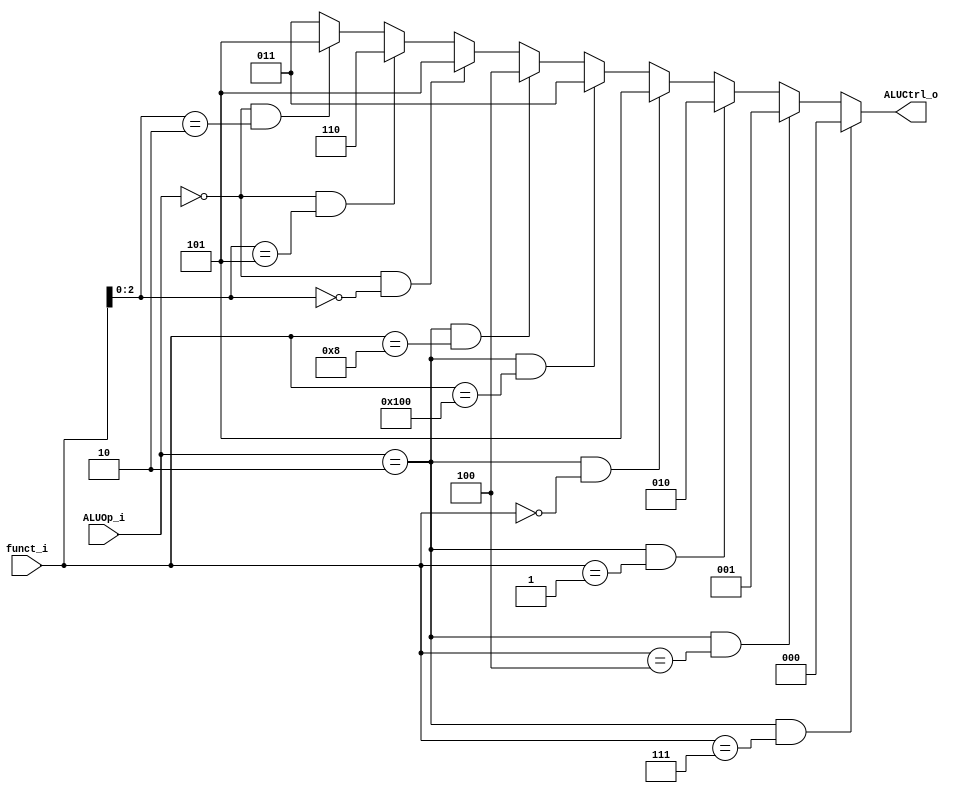
module ALU_Control
(
    funct_i,
    ALUOp_i,
    ALUCtrl_o
);

// Ports
input   [9:0]       funct_i;
input   [1:0]       ALUOp_i;
output  [2:0]       ALUCtrl_o;

assign ALUCtrl_o =  (ALUOp_i == 2'b10 && funct_i == 10'b0000000111) ? 3'b000: // and
                    (ALUOp_i == 2'b10 && funct_i == 10'b0000000100) ? 3'b001: // xor
                    (ALUOp_i == 2'b10 && funct_i == 10'b0000000001) ? 3'b010: // sll
                    (ALUOp_i == 2'b10 && funct_i == 10'b0000000000) ? 3'b101: // add
                    (ALUOp_i == 2'b10 && funct_i == 10'b0100000000) ? 3'b011: // sub
                    (ALUOp_i == 2'b10 && funct_i == 10'b0000001000) ? 3'b100: // mul
                    (ALUOp_i == 2'b00 && funct_i[2:0] == 3'b000)    ? 3'b101: // addi
                    (ALUOp_i == 2'b00 && funct_i[2:0] == 3'b101)    ? 3'b110: // srai
                    (ALUOp_i == 2'b00 && funct_i[2:0] == 3'b010)    ? 3'b101: // lw & sw -> add
                    3'b011; // beq -> sub

endmodule